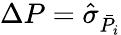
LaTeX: \Delta P=\hat{\sigma}_{\bar{P_{i}}}